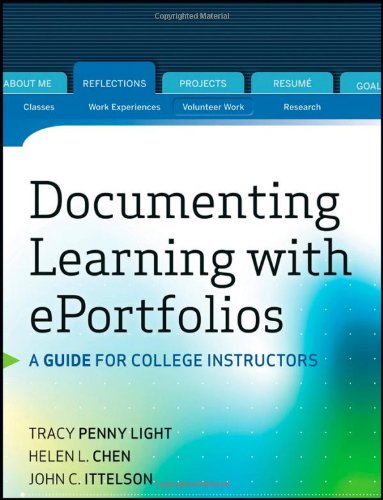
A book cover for Documenting Learning with ePortfolios: A Guide for College Instructors; Tracy Penny Light; Education & Teaching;